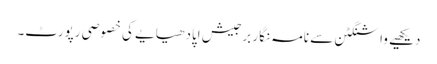
دیکھیے واشنگٹن سے نامہ نگار برجیش اپادھیایے کی خصوصی رپورٹ۔